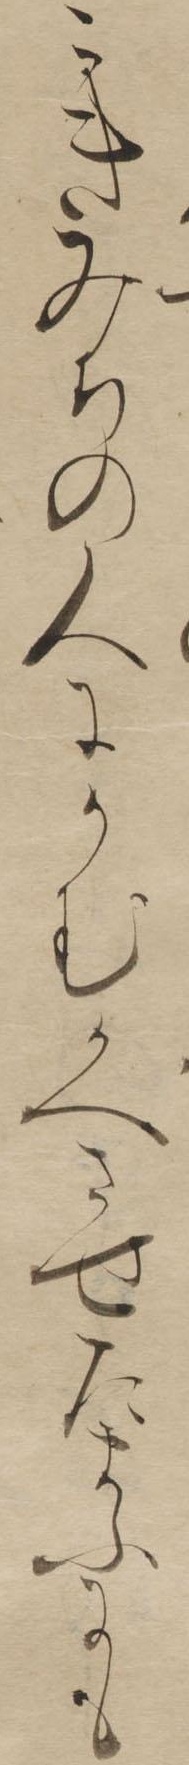
こきみちの人にかむかへさせたまふにも